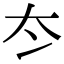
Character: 冭